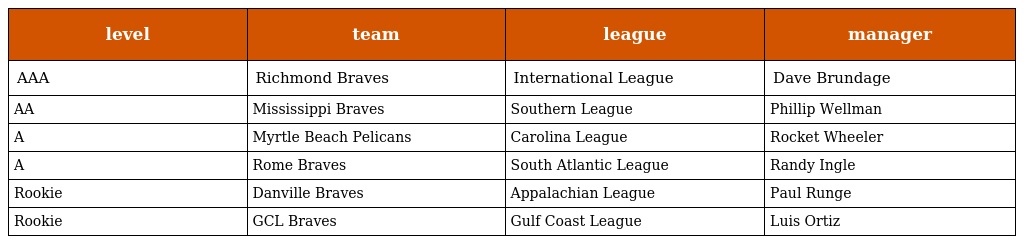
| level | team | league | manager |
 | --- | --- | --- | --- |
 | AAA | Richmond Braves | International League | Dave Brundage |
 | AA | Mississippi Braves | Southern League | Phillip Wellman |
 | A | Myrtle Beach Pelicans | Carolina League | Rocket Wheeler |
 | A | Rome Braves | South Atlantic League | Randy Ingle |
 | Rookie | Danville Braves | Appalachian League | Paul Runge |
 | Rookie | GCL Braves | Gulf Coast League | Luis Ortiz |